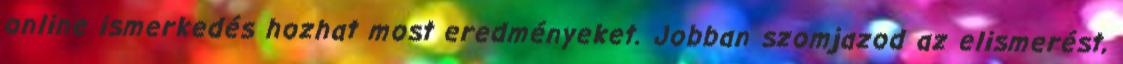
online ismerkedés hozhat most eredményeket. Jobban szomjazod az elismerést,